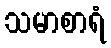
သမာစာရံ